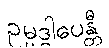
ဥမ္မဒ္ဒါပေန္တီ